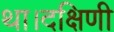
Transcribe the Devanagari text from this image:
था।दक्षिणी